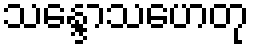
သန္ဒောသဟေတု